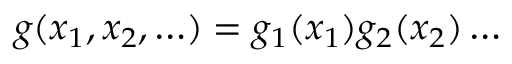
g ( x _ { 1 } , x _ { 2 } , \ldots ) = g _ { 1 } ( x _ { 1 } ) g _ { 2 } ( x _ { 2 } ) \ldots